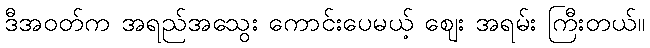
ဒီအဝတ်က အရည်အသွေး ကောင်းပေမယ့် ဈေး အရမ်း ကြီးတယ်။